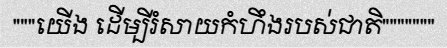
"""យើង ដើម្បីរំសាយកំហឹងរបស់ជាតិ"""""""